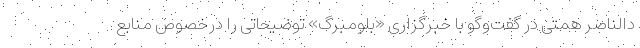
دالناصر همتی در گفت‌وگو با خبرگزاری «بلومبرگ» توضیحاتی را درخصوص منابع